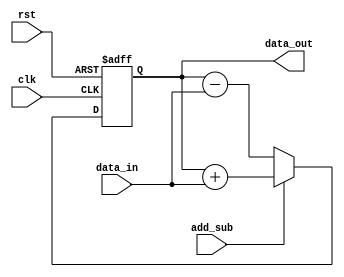
module accumulator(
    input wire clk,
    input wire rst,
    input wire add_sub,
    input wire [15:0] data_in,
    output reg [15:0] data_out
);

reg [15:0] accumulator_value;

always @ (posedge clk or posedge rst) begin
    if(rst) begin
        accumulator_value <= 16'h0000;
    end else begin
        if(add_sub) begin
            accumulator_value <= accumulator_value + data_in;
        end else begin
            accumulator_value <= accumulator_value - data_in;
        end
    end
end

assign data_out = accumulator_value;

endmodule